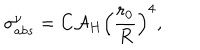
\sigma _ { a b s } ^ { \nu } = C { \cal A } _ { H } \left( \frac { r _ { 0 } } { R } \right) ^ { 4 } ,